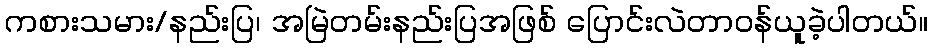
ကစားသမား/နည်းပြ၊ အမြဲတမ်းနည်းပြအဖြစ် ပြောင်းလဲတာဝန်ယူခဲ့ပါတယ်။